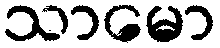
သာမော